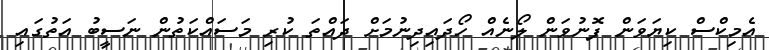
އެމިކްސް ކިޔަވަން ފޮނުވަން ލޯނެއް ހޯދައިދިނުމަށް ދައްތަ ކުރި މަސައްކަތުން ނަސީބު އަތުގައި